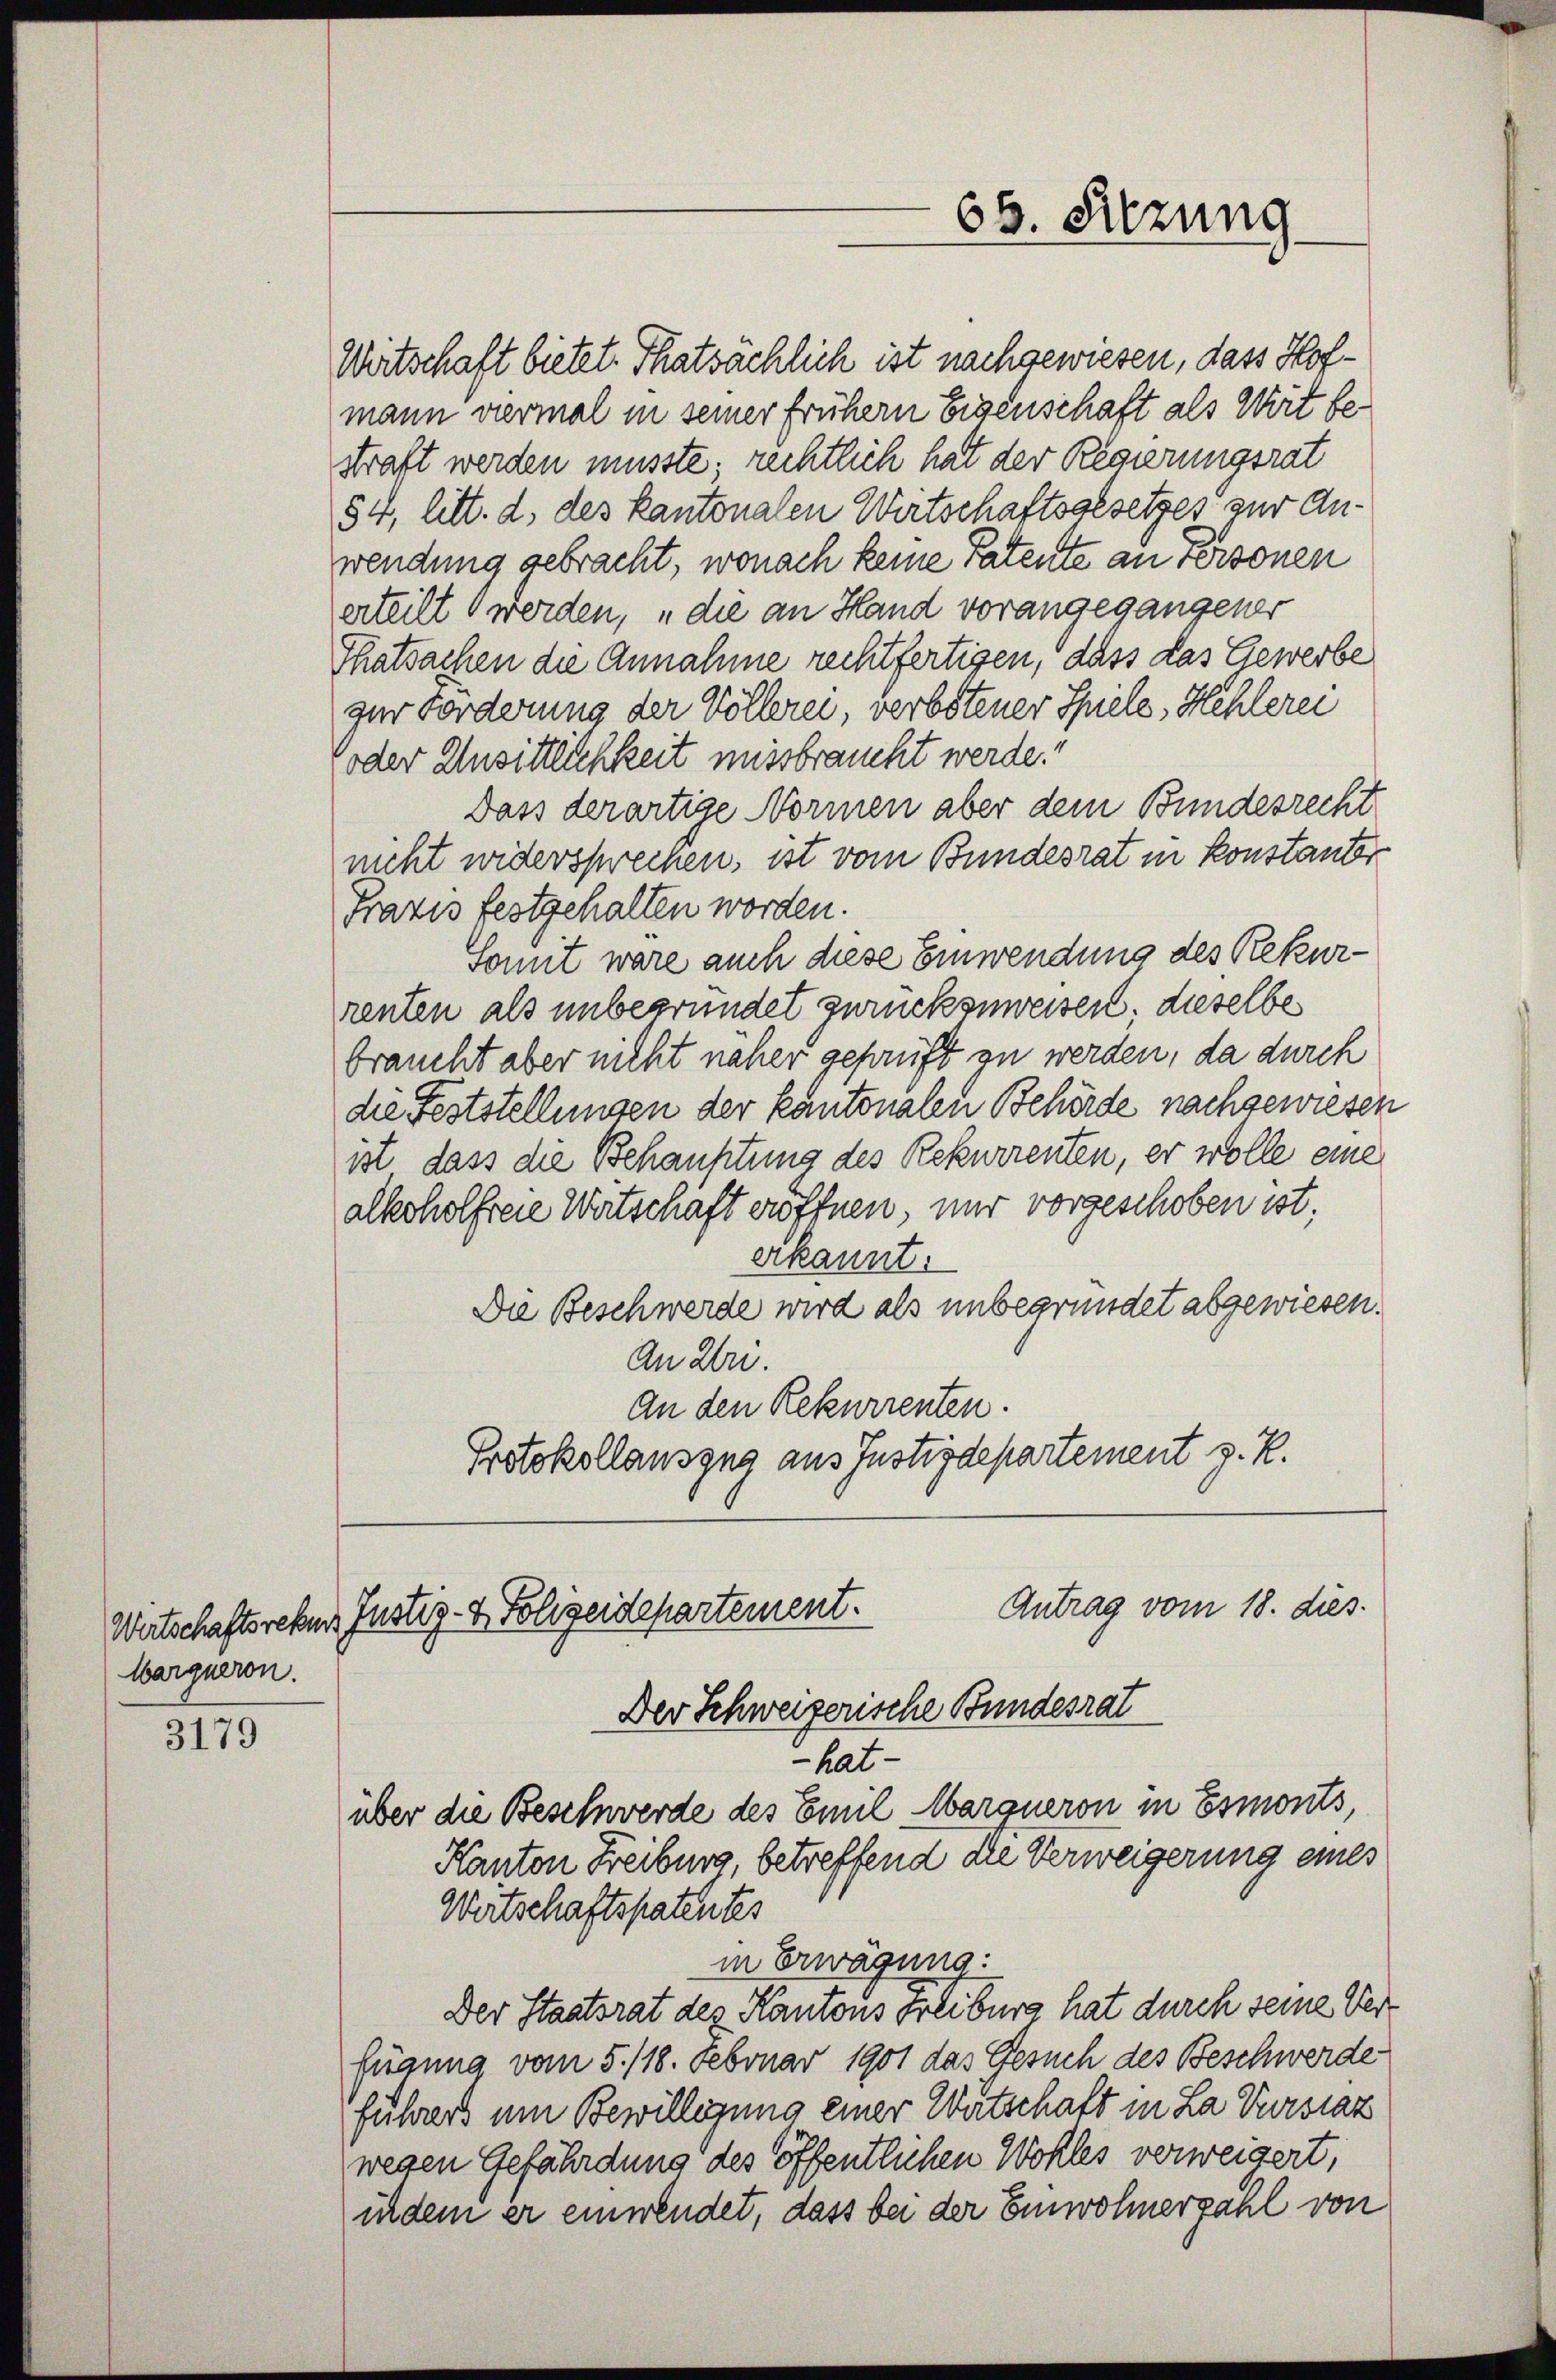
Warqueron.

3179

Wirtschaft bietet. Thatsächlich ist nachgewiesen, dass Hofmann viermal in seiner frühern Eigenschaft als Wit bestraft werden müsste; rechtlich hat der Regierungsrat
54, litt. d. des kantonalen Wirtschaftsgesetzes zur Anwendung gebracht, wonach keine Patente an Personen
erteilt werden, „die an Hand vorangegangener
Thatsachen die Annahme rechtfertigen, dass das Gewerbe
zur Forderung der Völlerei, verbotener Spiele, Mehlerei
oder Unsittlichkeit missbraucht werde.“
Dass derartige Normen aber dem Bundesrecht
nicht widersprechen, ist vom Bundesrat in Konstanter
Frazis festgehalten worden.
Somit wäre auch diese Einwendung des Rekurrenten als unbegründet zurückzuweisen. dieselbe
braucht aber nicht naher geprüft zu werden, da durch
die Feststellungen der kantonalen Behörde nachgewiesen
ist dass die Behauptung des Rekurrenten, er wolle eine
alkoholfreie Wirtschaft eröffnen, nur vorgeschoben ist;
erkannt.
Die Beschwerde wird als unbegründet abgewiesen.
An Uri.
An den Rekurrenten.
Protokollauszug aus Justizdepartement z. Z.
Antrag vom 18. dies
Wertschaftsreker Justiz- & Polizeidepartement.
Der Schweizerische Bundesrat
-hat-
über die Beschwerde des Emil Marqueron in Esmonts,
Kanton Freiburg betreffend die Verweigerung eines
Wirtschaftspatentes
in Erwägung:
Der Staatsrat des Kantons Freiburg hat durch seine Verfügung vom 5./18. Februar 1901 das Gesuch des Beschwerde
führers um Bewilligung einer Wartschaft in La Verstat
wegen Gefährdung des öffentlichen Wohles verweigert,
indem er einwendet, dass bei der Einwohnerzahl von

68. Sitzung